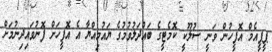
ޕީޕީއެމް އޮފީހުން ވަނީ ސުލޫކީ ކޮމެޓީގެ ބައްދަލުވުމުގެ ޔައުމިއްޔާ އެ އޮފީހަށް ފޮނުވައިދިނުމަށް